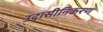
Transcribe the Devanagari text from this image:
उदासीनिकरण